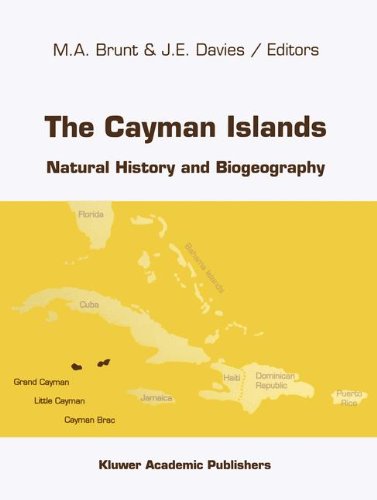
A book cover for The Cayman Islands: Natural History and Biogeography (Monographiae Biologicae); Science & Math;